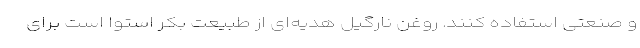
و صنعتی استفاده کنند. روغن نارگیل هدیه­ای از طبیعت بکر استوا است برای